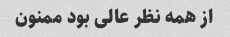
از همه نظر عالی بود ممنون